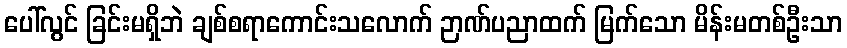
ပေါ်လွင် ခြင်းမရှိဘဲ ချစ်စရာကောင်းသလောက် ဉာဏ်ပညာထက် မြက်သော မိန်းမတစ်ဦးသာ